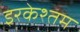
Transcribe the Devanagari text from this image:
इरकेश्तम